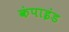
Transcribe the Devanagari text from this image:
कंपाइंड